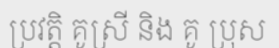
ប្រវត្តិ គូស្រី និង គូ ប្រុស